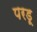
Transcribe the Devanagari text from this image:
परडू